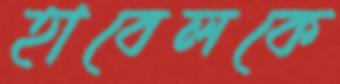
হাবেলকে